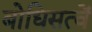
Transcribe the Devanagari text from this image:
बोधिसत्वें